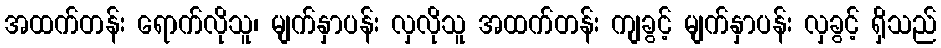
အထက်တန်း ရောက်လိုသူ၊ မျက်နှာပန်း လှလိုသူ အထက်တန်း ကျခွင့် မျက်နှာပန်း လှခွင့် ရှိသည်